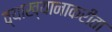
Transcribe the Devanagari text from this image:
व्याख्यानाकरीता